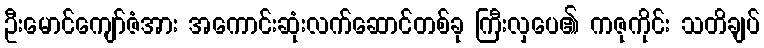
ဦးမောင်ကျော်ဇံအား အကောင်းဆုံးလက်ဆောင်တစ်ခု ကြီးလှပေ၏ ကဇုကိုင်း သတိချပ်